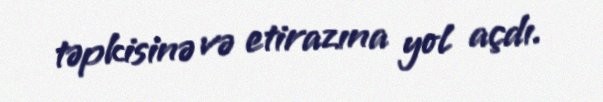
təpkisinə və etirazına yol açdı.